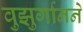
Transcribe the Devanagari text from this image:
वुझुर्गानने